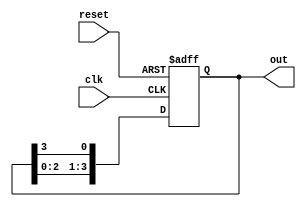
module multi_stage_ring_counter #(
    parameter N = 4  // Number of stages (flip-flops)
)(
    input wire clk,          // Clock input
    input wire reset,        // Asynchronous reset
    output reg [N-1:0] out   // Output representing the current state
);

    // Internal signal to hold the next state
    reg [N-1:0] next_state;

    // Always block for state transition
    always @(posedge clk or posedge reset) begin
        if (reset) begin
            // Initialize the counter to the first state
            out <= 1'b1 << 0; // Set the first flip-flop to '1', others to '0'
        end else begin
            // Shift the '1' to the next flip-flop
            out <= {out[N-2:0], out[N-1]}; // Shift left and wrap around
        end
    end

endmodule